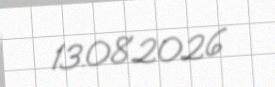
13.08.2026